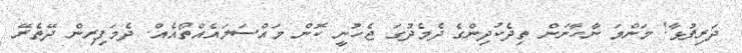
ދަރިފުޅާ! މަންމަ ނާހާނަން ތިދެކުދިންގެ ދެމެދުގަ ޖެހުނީ ކޮން މައްސަލައެއްތޯއެއް. ދެމަފިރިން ދޭތެރޭ